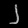
Digit: ၂